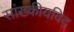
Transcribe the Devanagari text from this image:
सांख्कीयविद्